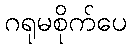
ဂရုမစိုက်ပေ